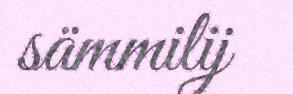
sämmilij